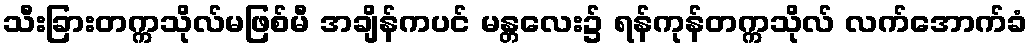
သီးခြားတက္ကသိုလ်မဖြစ်မီ အချိန်ကပင် မန္တလေး၌ ရန်ကုန်တက္ကသိုလ် လက်အောက်ခံ